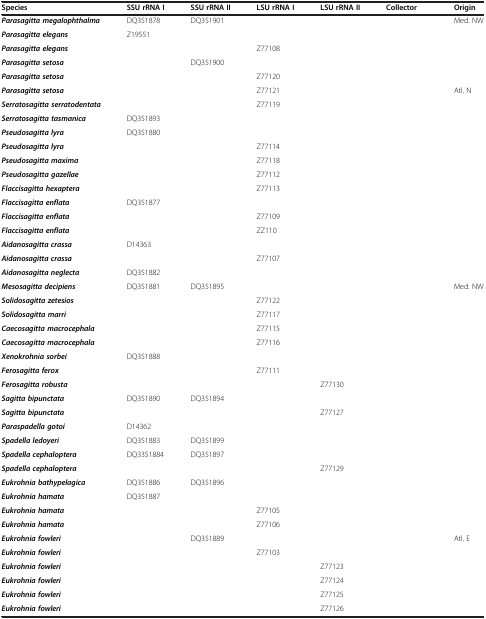
<table><thead><tr><td><b>Species</b></td><td><b>SSU rRNA I</b></td><td><b>SSU rRNA II</b></td><td><b>LSU rRNA I</b></td><td><b>LSU rRNA II</b></td><td><b>Collector</b></td><td><b>Origin</b></td></tr></thead><tbody><tr><td><b><i>Parasagitta megalophthalma</i></b></td><td>DQ351878</td><td>DQ351901</td><td>[EMPTY_CELL]</td><td>[EMPTY_CELL]</td><td>[EMPTY_CELL]</td><td>Med. NW</td></tr><tr><td><b><i>Parasagitta elegans</i></b></td><td>Z19551</td><td>[EMPTY_CELL]</td><td>[EMPTY_CELL]</td><td>[EMPTY_CELL]</td><td>[EMPTY_CELL]</td><td>[EMPTY_CELL]</td></tr><tr><td><b><i>Parasagitta elegans</i></b></td><td>[EMPTY_CELL]</td><td>[EMPTY_CELL]</td><td>Z77108</td><td>[EMPTY_CELL]</td><td>[EMPTY_CELL]</td><td>[EMPTY_CELL]</td></tr><tr><td><b><i>Parasagitta setosa</i></b></td><td>[EMPTY_CELL]</td><td>DQ351900</td><td>[EMPTY_CELL]</td><td>[EMPTY_CELL]</td><td>[EMPTY_CELL]</td><td>[EMPTY_CELL]</td></tr><tr><td><b><i>Parasagitta setosa</i></b></td><td>[EMPTY_CELL]</td><td>[EMPTY_CELL]</td><td>Z77120</td><td>[EMPTY_CELL]</td><td>[EMPTY_CELL]</td><td>[EMPTY_CELL]</td></tr><tr><td><b><i>Parasagitta setosa</i></b></td><td>[EMPTY_CELL]</td><td>[EMPTY_CELL]</td><td>Z77121</td><td>[EMPTY_CELL]</td><td>[EMPTY_CELL]</td><td>Atl. N</td></tr><tr><td><b><i>Serratosagitta serratodentata</i></b></td><td>[EMPTY_CELL]</td><td>[EMPTY_CELL]</td><td>Z77119</td><td>[EMPTY_CELL]</td><td>[EMPTY_CELL]</td><td>[EMPTY_CELL]</td></tr><tr><td><b><i>Serratosagitta tasmanica</i></b></td><td>DQ351893</td><td>[EMPTY_CELL]</td><td>[EMPTY_CELL]</td><td>[EMPTY_CELL]</td><td>[EMPTY_CELL]</td><td>[EMPTY_CELL]</td></tr><tr><td><b><i>Pseudosagitta lyra</i></b></td><td>DQ351880</td><td>[EMPTY_CELL]</td><td>[EMPTY_CELL]</td><td>[EMPTY_CELL]</td><td>[EMPTY_CELL]</td><td>[EMPTY_CELL]</td></tr><tr><td><b><i>Pseudosagitta lyra</i></b></td><td>[EMPTY_CELL]</td><td>[EMPTY_CELL]</td><td>Z77114</td><td>[EMPTY_CELL]</td><td>[EMPTY_CELL]</td><td>[EMPTY_CELL]</td></tr><tr><td><b><i>Pseudosagitta maxima</i></b></td><td>[EMPTY_CELL]</td><td>[EMPTY_CELL]</td><td>Z77118</td><td>[EMPTY_CELL]</td><td>[EMPTY_CELL]</td><td>[EMPTY_CELL]</td></tr><tr><td><b><i>Pseudosagitta gazellae</i></b></td><td>[EMPTY_CELL]</td><td>[EMPTY_CELL]</td><td>Z77112</td><td>[EMPTY_CELL]</td><td>[EMPTY_CELL]</td><td>[EMPTY_CELL]</td></tr><tr><td><b><i>Flaccisagitta hexaptera</i></b></td><td>[EMPTY_CELL]</td><td>[EMPTY_CELL]</td><td>Z77113</td><td>[EMPTY_CELL]</td><td>[EMPTY_CELL]</td><td>[EMPTY_CELL]</td></tr><tr><td><b><i>Flaccisagitta enflata</i></b></td><td>DQ351877</td><td>[EMPTY_CELL]</td><td>[EMPTY_CELL]</td><td>[EMPTY_CELL]</td><td>[EMPTY_CELL]</td><td>[EMPTY_CELL]</td></tr><tr><td><b><i>Flaccisagitta enflata</i></b></td><td>[EMPTY_CELL]</td><td>[EMPTY_CELL]</td><td>Z77109</td><td>[EMPTY_CELL]</td><td>[EMPTY_CELL]</td><td>[EMPTY_CELL]</td></tr><tr><td><b><i>Flaccisagitta enflata</i></b></td><td>[EMPTY_CELL]</td><td>[EMPTY_CELL]</td><td>ZZ110</td><td>[EMPTY_CELL]</td><td>[EMPTY_CELL]</td><td>[EMPTY_CELL]</td></tr><tr><td><b><i>Aidanosagitta crassa</i></b></td><td>D14363</td><td>[EMPTY_CELL]</td><td>[EMPTY_CELL]</td><td>[EMPTY_CELL]</td><td>[EMPTY_CELL]</td><td>[EMPTY_CELL]</td></tr><tr><td><b><i>Aidanosagitta crassa</i></b></td><td>[EMPTY_CELL]</td><td>[EMPTY_CELL]</td><td>Z77107</td><td>[EMPTY_CELL]</td><td>[EMPTY_CELL]</td><td>[EMPTY_CELL]</td></tr><tr><td><b><i>Aidanosagitta neglecta</i></b></td><td>DQ351882</td><td>[EMPTY_CELL]</td><td>[EMPTY_CELL]</td><td>[EMPTY_CELL]</td><td>[EMPTY_CELL]</td><td>[EMPTY_CELL]</td></tr><tr><td><b><i>Mesosagitta decipiens</i></b></td><td>DQ351881</td><td>DQ351895</td><td>[EMPTY_CELL]</td><td>[EMPTY_CELL]</td><td>[EMPTY_CELL]</td><td>Med. NW</td></tr><tr><td><b><i>Solidosagitta zetesios</i></b></td><td>[EMPTY_CELL]</td><td>[EMPTY_CELL]</td><td>Z77122</td><td>[EMPTY_CELL]</td><td>[EMPTY_CELL]</td><td>[EMPTY_CELL]</td></tr><tr><td><b><i>Solidosagitta marri</i></b></td><td>[EMPTY_CELL]</td><td>[EMPTY_CELL]</td><td>Z77117</td><td>[EMPTY_CELL]</td><td>[EMPTY_CELL]</td><td>[EMPTY_CELL]</td></tr><tr><td><b><i>Caecosagitta macrocephala</i></b></td><td>[EMPTY_CELL]</td><td>[EMPTY_CELL]</td><td>Z77115</td><td>[EMPTY_CELL]</td><td>[EMPTY_CELL]</td><td>[EMPTY_CELL]</td></tr><tr><td><b><i>Caecosagitta macrocephala</i></b></td><td>[EMPTY_CELL]</td><td>[EMPTY_CELL]</td><td>Z77116</td><td>[EMPTY_CELL]</td><td>[EMPTY_CELL]</td><td>[EMPTY_CELL]</td></tr><tr><td><b><i>Xenokrohnia sorbei</i></b></td><td>DQ351888</td><td>[EMPTY_CELL]</td><td>[EMPTY_CELL]</td><td>[EMPTY_CELL]</td><td>[EMPTY_CELL]</td><td>[EMPTY_CELL]</td></tr><tr><td><b><i>Ferosagitta ferox</i></b></td><td>[EMPTY_CELL]</td><td>[EMPTY_CELL]</td><td>Z77111</td><td>[EMPTY_CELL]</td><td>[EMPTY_CELL]</td><td>[EMPTY_CELL]</td></tr><tr><td><b><i>Ferosagitta robusta</i></b></td><td>[EMPTY_CELL]</td><td>[EMPTY_CELL]</td><td>[EMPTY_CELL]</td><td>Z77130</td><td>[EMPTY_CELL]</td><td>[EMPTY_CELL]</td></tr><tr><td><b><i>Sagitta bipunctata</i></b></td><td>DQ351890</td><td>DQ351894</td><td>[EMPTY_CELL]</td><td>[EMPTY_CELL]</td><td>[EMPTY_CELL]</td><td>[EMPTY_CELL]</td></tr><tr><td><b><i>Sagitta bipunctata</i></b></td><td>[EMPTY_CELL]</td><td>[EMPTY_CELL]</td><td>[EMPTY_CELL]</td><td>Z77127</td><td>[EMPTY_CELL]</td><td>[EMPTY_CELL]</td></tr><tr><td><b><i>Paraspadella gotoi</i></b></td><td>D14362</td><td>[EMPTY_CELL]</td><td>[EMPTY_CELL]</td><td>[EMPTY_CELL]</td><td>[EMPTY_CELL]</td><td>[EMPTY_CELL]</td></tr><tr><td><b><i>Spadella ledoyeri</i></b></td><td>DQ351883</td><td>DQ351899</td><td>[EMPTY_CELL]</td><td>[EMPTY_CELL]</td><td>[EMPTY_CELL]</td><td>[EMPTY_CELL]</td></tr><tr><td><b><i>Spadella cephaloptera</i></b></td><td>DQ3351884</td><td>DQ351897</td><td>[EMPTY_CELL]</td><td>[EMPTY_CELL]</td><td>[EMPTY_CELL]</td><td>[EMPTY_CELL]</td></tr><tr><td><b><i>Spadella cephaloptera</i></b></td><td>[EMPTY_CELL]</td><td>[EMPTY_CELL]</td><td>[EMPTY_CELL]</td><td>Z77129</td><td>[EMPTY_CELL]</td><td>[EMPTY_CELL]</td></tr><tr><td><b><i>Eukrohnia bathypelagica</i></b></td><td>DQ351886</td><td>DQ351896</td><td>[EMPTY_CELL]</td><td>[EMPTY_CELL]</td><td>[EMPTY_CELL]</td><td>[EMPTY_CELL]</td></tr><tr><td><b><i>Eukrohnia hamata</i></b></td><td>DQ351887</td><td>[EMPTY_CELL]</td><td>[EMPTY_CELL]</td><td>[EMPTY_CELL]</td><td>[EMPTY_CELL]</td><td>[EMPTY_CELL]</td></tr><tr><td><b><i>Eukrohnia hamata</i></b></td><td>[EMPTY_CELL]</td><td>[EMPTY_CELL]</td><td>Z77105</td><td>[EMPTY_CELL]</td><td>[EMPTY_CELL]</td><td>[EMPTY_CELL]</td></tr><tr><td><b><i>Eukrohnia hamata</i></b></td><td>[EMPTY_CELL]</td><td>[EMPTY_CELL]</td><td>Z77106</td><td>[EMPTY_CELL]</td><td>[EMPTY_CELL]</td><td>[EMPTY_CELL]</td></tr><tr><td><b><i>Eukrohnia fowleri</i></b></td><td>[EMPTY_CELL]</td><td>DQ351889</td><td>[EMPTY_CELL]</td><td>[EMPTY_CELL]</td><td>[EMPTY_CELL]</td><td>Atl. E</td></tr><tr><td><b><i>Eukrohnia fowleri</i></b></td><td>[EMPTY_CELL]</td><td>[EMPTY_CELL]</td><td>Z77103</td><td>[EMPTY_CELL]</td><td>[EMPTY_CELL]</td><td>[EMPTY_CELL]</td></tr><tr><td><b><i>Eukrohnia fowleri</i></b></td><td>[EMPTY_CELL]</td><td>[EMPTY_CELL]</td><td>[EMPTY_CELL]</td><td>Z77123</td><td>[EMPTY_CELL]</td><td>[EMPTY_CELL]</td></tr><tr><td><b><i>Eukrohnia fowleri</i></b></td><td>[EMPTY_CELL]</td><td>[EMPTY_CELL]</td><td>[EMPTY_CELL]</td><td>Z77124</td><td>[EMPTY_CELL]</td><td>[EMPTY_CELL]</td></tr><tr><td><b><i>Eukrohnia fowleri</i></b></td><td>[EMPTY_CELL]</td><td>[EMPTY_CELL]</td><td>[EMPTY_CELL]</td><td>Z77125</td><td>[EMPTY_CELL]</td><td>[EMPTY_CELL]</td></tr><tr><td><b><i>Eukrohnia fowleri</i></b></td><td>[EMPTY_CELL]</td><td>[EMPTY_CELL]</td><td>[EMPTY_CELL]</td><td>Z77126</td><td>[EMPTY_CELL]</td><td>[EMPTY_CELL]</td></tr></tbody></table>